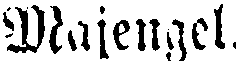
Majengel.